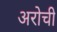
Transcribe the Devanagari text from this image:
अरोची